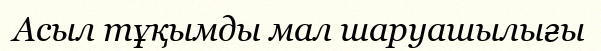
Асыл тұқымды мал шаруашылығы